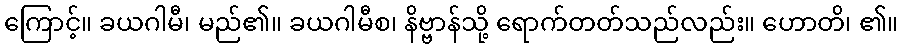
ကြောင့်။ ခယဂါမီ၊ မည်၏။ ခယဂါမီစ၊ နိဗ္ဗာန်သို့ ရောက်တတ်သည်လည်း။ ဟောတိ၊ ၏။